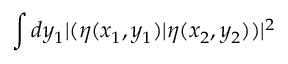
\int d y _ { 1 } \vert ( \eta ( x _ { 1 } , y _ { 1 } ) \vert \eta ( x _ { 2 } , y _ { 2 } ) ) \vert ^ { 2 }